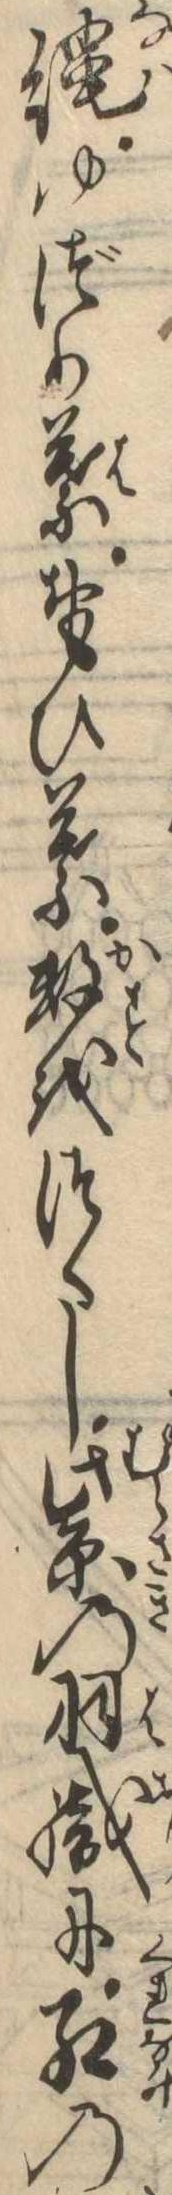
縄ゆづり葉おもひ葉数をつくし紫の羽織に紅の